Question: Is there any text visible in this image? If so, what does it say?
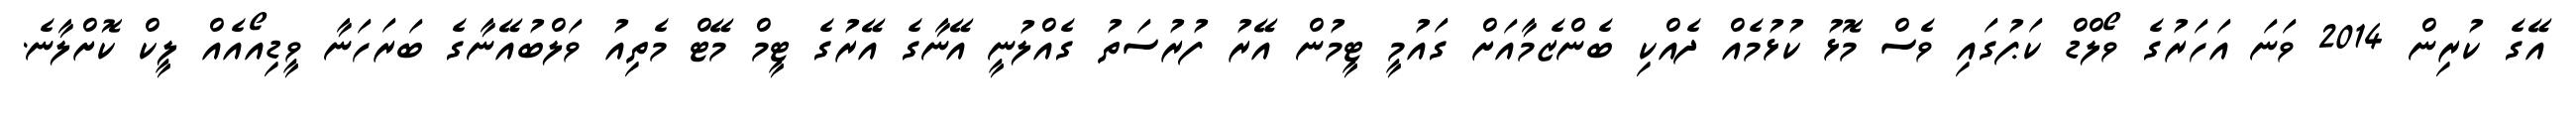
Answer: އޭގެ ކުރިން 2014 ވަނަ އަހަރުގެ ވޯލްޑް ކަޕުގައި ވެސް މޮޅު ކުޅުމެއް ދެއްކި ބެންޒެމާއަށް ގައުމީ ޓީމުން އޭރު ފުރުސަތު ގެއްލުނީ އޭނާގެ އޭރުގެ ޓީމް މޭޓް މެތިއު ވަލްބުއޭނާގެ ބަރަހަނާ ވީޑިއޯއެއް ލީކް ކޮށްލާނެ.